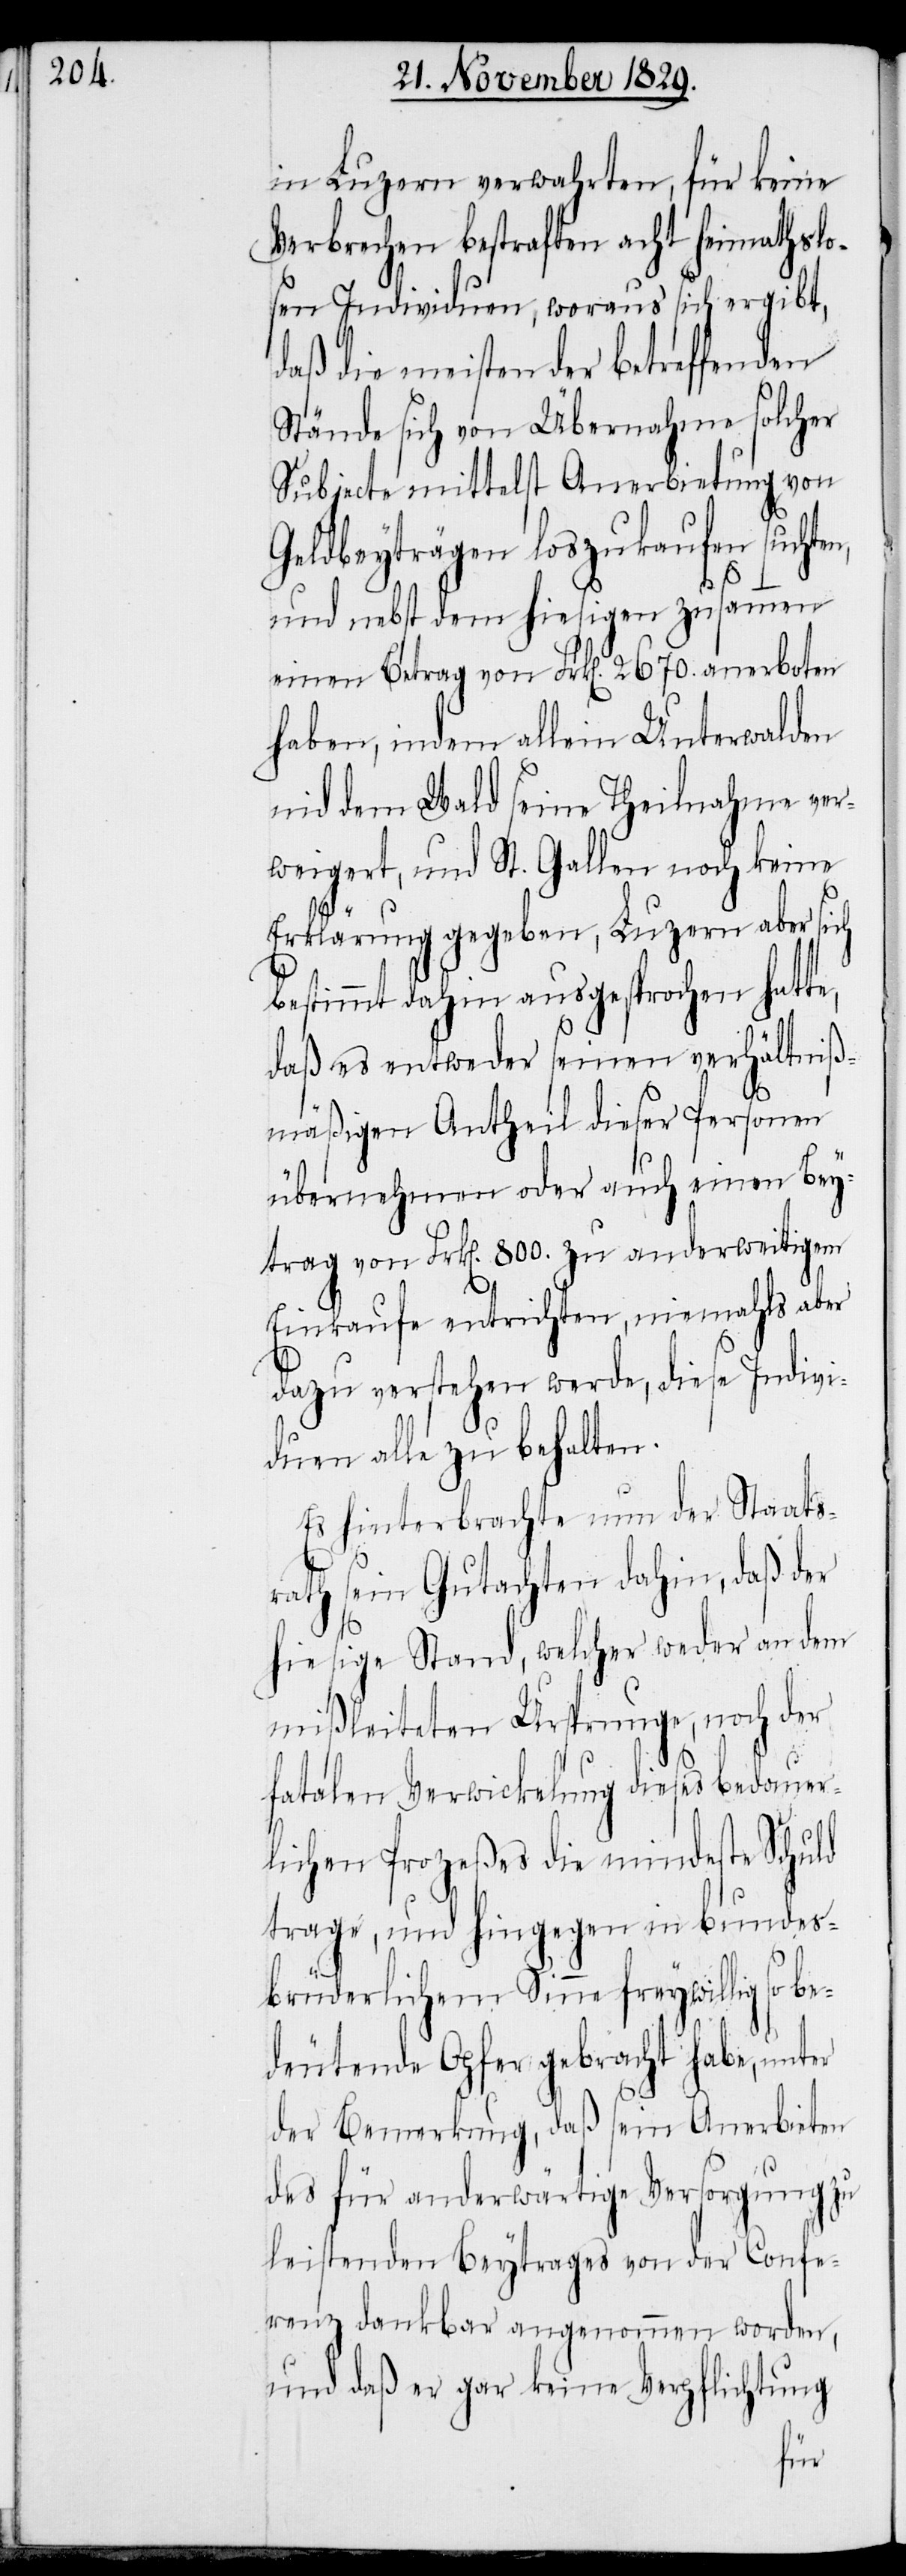
in Luzern verwahrten, für keine
Verbrechen bestraften acht heimathslo¬
sen Individuen, woraus sich ergibt,
daß die meisten der betreffenden
Stände sich von Übernahme solcher
Subjecte mittelst Anerbietung von
Geldbeyträgen loszukaufen suchte¬
und nebst dem hiesigen zusammen
einen Betrag von Frk[en]. 2670. anerboten
haben, indem allein Unterwalden
nid dem Wald seine Theilnahme ver¬
weigert, und St. Gallen noch keine
Erklärung gegeben, Luzern aber sich
bestimmt dahin ausgesprochen hatte,
daß es entweder seinen verhältniß¬
mäßigen Antheil dieser Personen
n,
übernehmen oder auch einen Bey¬
trag von Frk[en]. 800. zu anderweitigem
Einkaufe entrichten, niemahls aber
dazu verstehen werde, diese Indivi¬
duen alle zu behalten.
Es hinterbrachte nun der Staats¬
rath sein Gutachten dahin, daß der
hiesige Stand, welcher weder an dem
mißleiteten Ursprunge, noch der
fatalen Verwicklung dieses bedauer¬
lichen Prozeßes die mindeste Schuld
trage, und hingegen in bundes¬
brüderlichem Sinne freywillig so be¬
deutende Opfer gebracht habe, unter
der Bemerkung, daß sein Anerbieten
des für anderwärtige Versorgung zu
leistenden Beytrages von der Confe¬
renz dankbar angenommen worden,
und daß er gar keine Verpflichtung